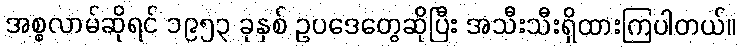
အစ္စလာမ်ဆိုရင် ၁၉၅၃ ခုနှစ် ဥပဒေတွေဆိုပြီး အသီးသီးရှိထားကြပါတယ်။